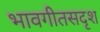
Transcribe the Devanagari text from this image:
भावगीतसदृश